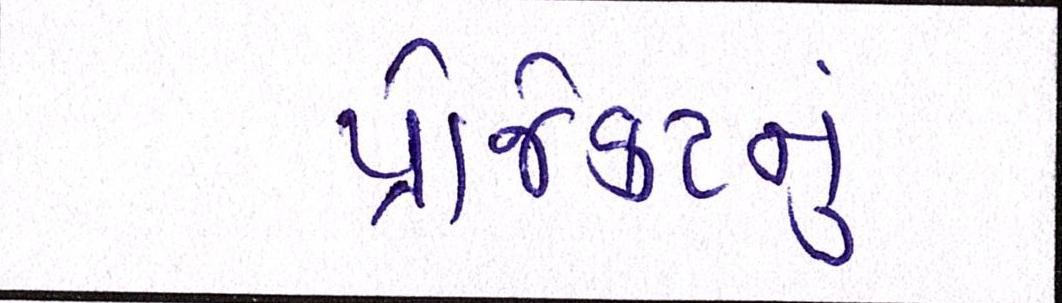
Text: પ્રોજેકટનું